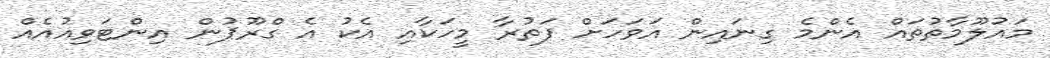
މައުލޫމާތުތައް އެންމެ ގިނައިން އަވަހަށް ފަތުރާ މީހަކާއި އެކު އެ ގްރޫޕުން އިންޓަވިއުއެއް